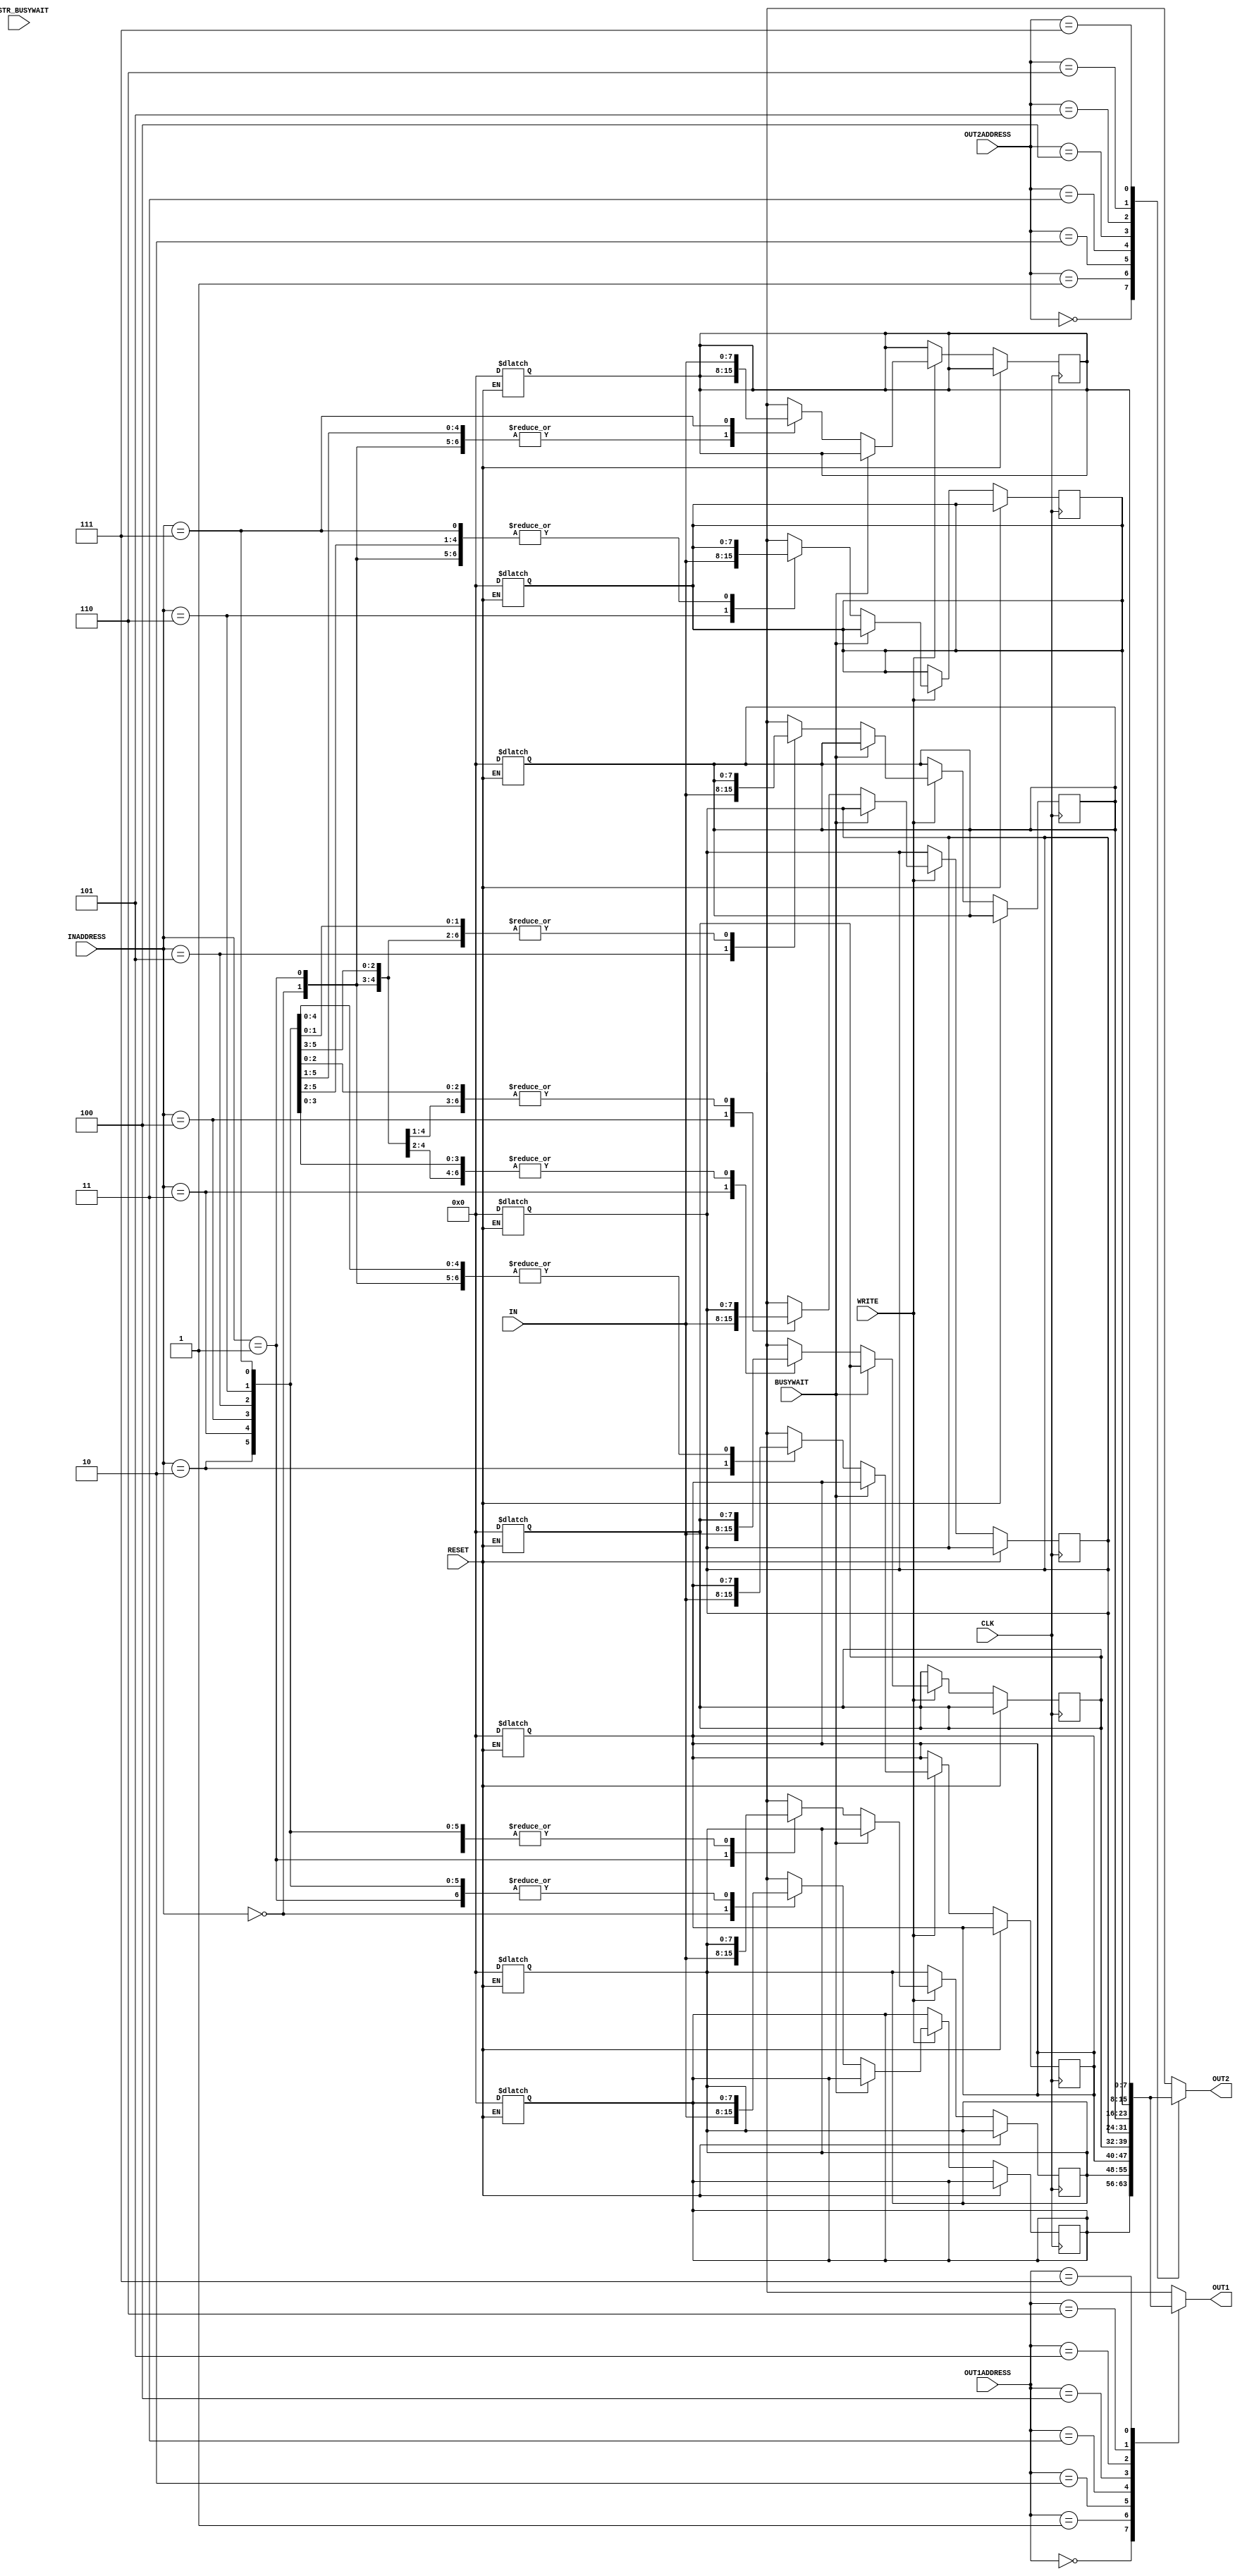
//E16096
//Lab5_part2


`timescale 1ns/100ps

module reg_file(IN, OUT1, OUT2, INADDRESS, OUT1ADDRESS, OUT2ADDRESS, WRITE, CLK, RESET,BUSYWAIT,INSTR_BUSYWAIT);

	input [7:0] IN;
	input [2:0] INADDRESS,OUT1ADDRESS,OUT2ADDRESS;
	input WRITE,CLK,RESET,BUSYWAIT,INSTR_BUSYWAIT;
	output [7:0] OUT1,OUT2;

	//wire [7:0] OUT1,OUT2;
	
	reg [7:0] a[7:0];
	
	integer i;  //used in the for loop later on
	
	always @ (posedge CLK)begin   //the writing of data into register is taking place at the positive clock edge
		if(!RESET) begin   //if reset is set to 1,irrespective of data being sent to the register file,all registers should be zero. Hence,writing is avoided.
			if(WRITE)begin    //writting is done only when writeenable=1
				//#2 a[INADDRESS]=IN;   //delay for writing is #2
				//#1 a[INADDRESS]=IN;
				#1 if(!BUSYWAIT) begin
				//#1 if((!BUSYWAIT)&&(!INSTR_BUSYWAIT)) begin
					a[INADDRESS]=IN;
				end
			end
		end	
	end	
	
	always @ (RESET)begin
		if(RESET) begin  //when reset=1(level-triggered) all the registers in register_file is are set to 0
			//#2
			#1
			for (i = 0; i < 8; i = i + 1) begin   //all registers in register file are set to 0 when reset=1(level-triggered)
              a[i] <= 8'b0;
            end
		
		end
	end
	
		assign #2 OUT1=a[OUT1ADDRESS];  //asynchronous assigning of outputs with register values in OUT1ADDRESS and OUT2ADDRESS
		
		assign #2 OUT2=a[OUT2ADDRESS];
		
		
		
	
				
	
endmodule